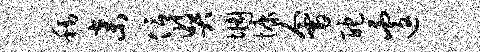
称弃信奖惆慷会酡遽